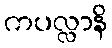
ကပလ္လာနိ